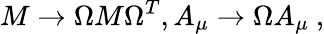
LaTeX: M\rightarrow\Omega M\Omega^{T},A_{\mu}\rightarrow\Omega A_{\mu}{}~,